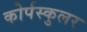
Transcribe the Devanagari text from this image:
कोर्पस्कुलर